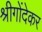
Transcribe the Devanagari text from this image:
श्रीगोंदेकर